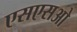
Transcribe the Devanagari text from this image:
एसएसओ